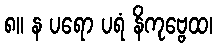
၈။ န ပရော ပရံ နိကုဗ္ဗေထ၊